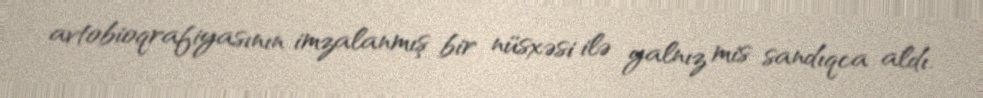
avtobioqrafiyasının imzalanmış bir nüsxəsi ilə yalnız mis sandıqca aldı.